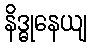
နိဒ္ဓုနေယျ